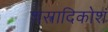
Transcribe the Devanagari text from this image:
शस्त्रादिकोशं